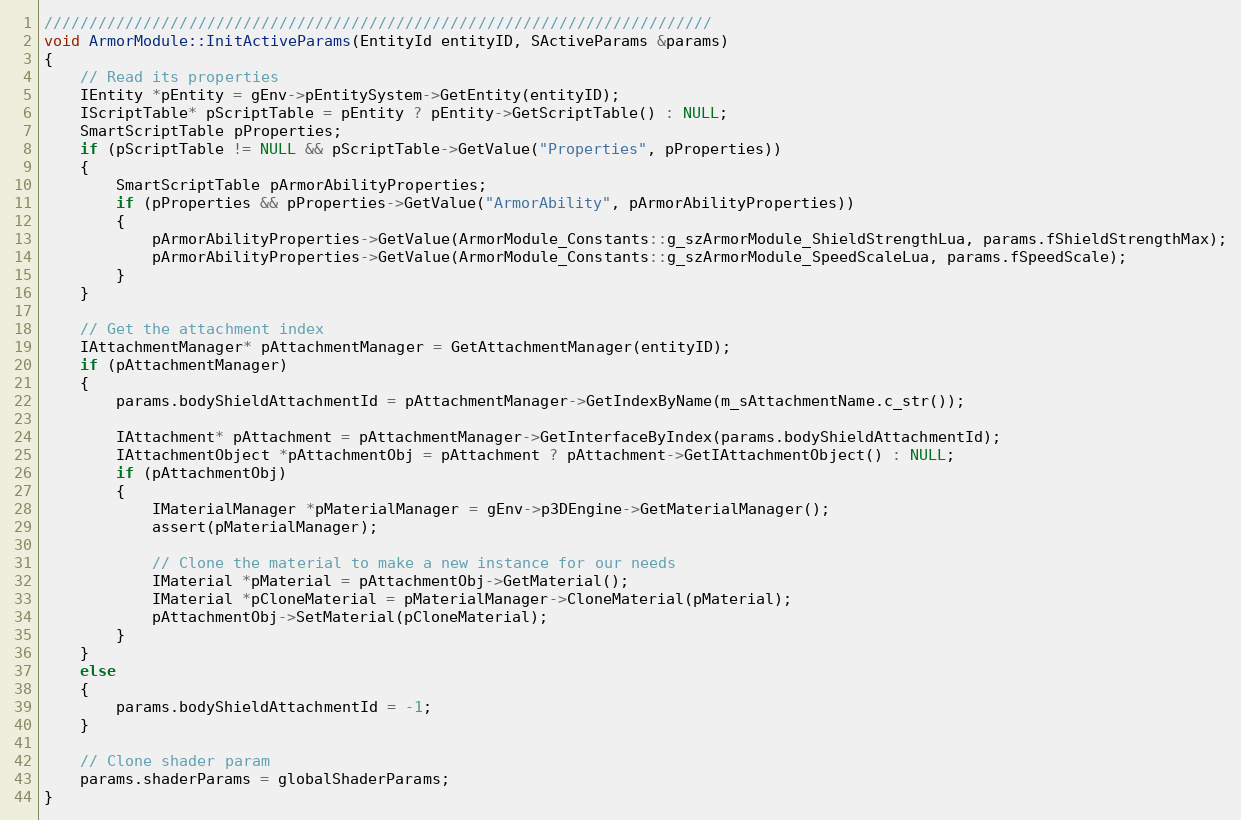
Language: C++
//////////////////////////////////////////////////////////////////////////
void ArmorModule::InitActiveParams(EntityId entityID, SActiveParams &params)
{
	// Read its properties
	IEntity *pEntity = gEnv->pEntitySystem->GetEntity(entityID);
	IScriptTable* pScriptTable = pEntity ? pEntity->GetScriptTable() : NULL;
	SmartScriptTable pProperties;
	if (pScriptTable != NULL && pScriptTable->GetValue("Properties", pProperties))
	{
		SmartScriptTable pArmorAbilityProperties;
		if (pProperties && pProperties->GetValue("ArmorAbility", pArmorAbilityProperties))
		{
			pArmorAbilityProperties->GetValue(ArmorModule_Constants::g_szArmorModule_ShieldStrengthLua, params.fShieldStrengthMax);
			pArmorAbilityProperties->GetValue(ArmorModule_Constants::g_szArmorModule_SpeedScaleLua, params.fSpeedScale);
		}
	}

	// Get the attachment index
	IAttachmentManager* pAttachmentManager = GetAttachmentManager(entityID);
	if (pAttachmentManager)
	{
		params.bodyShieldAttachmentId = pAttachmentManager->GetIndexByName(m_sAttachmentName.c_str());

		IAttachment* pAttachment = pAttachmentManager->GetInterfaceByIndex(params.bodyShieldAttachmentId);
		IAttachmentObject *pAttachmentObj = pAttachment ? pAttachment->GetIAttachmentObject() : NULL;
		if (pAttachmentObj)
		{
			IMaterialManager *pMaterialManager = gEnv->p3DEngine->GetMaterialManager();
			assert(pMaterialManager);

			// Clone the material to make a new instance for our needs
			IMaterial *pMaterial = pAttachmentObj->GetMaterial();
			IMaterial *pCloneMaterial = pMaterialManager->CloneMaterial(pMaterial);
			pAttachmentObj->SetMaterial(pCloneMaterial);
		}
	}
	else
	{
		params.bodyShieldAttachmentId = -1;
	}

	// Clone shader param
	params.shaderParams = globalShaderParams;
}